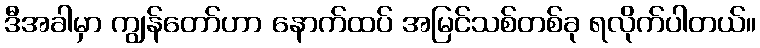
ဒီအခါမှာ ကျွန်တော်ဟာ နောက်ထပ် အမြင်သစ်တစ်ခု ရလိုက်ပါတယ်။